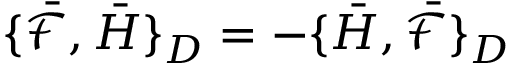
\{ \bar { \mathcal { F } } , \bar { H } \} _ { D } = - \{ \bar { H } , \bar { \mathcal { F } } \} _ { D }